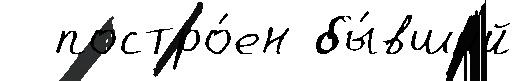
  постро́ен бы́вший